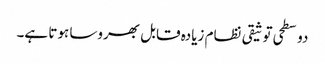
دو سطحی توثیقی نظام زیادہ قابل بھروسا ہوتا ہے۔